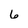
Character: 6